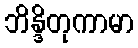
ဘိန္ဒိတုကာမာ